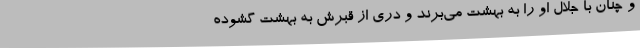
و چنان با جلال او را به بهشت می‌برند و دری از قبرش به بهشت گشوده